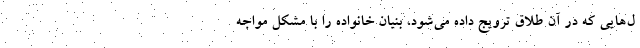
ل‌هایی که در آن طلاق ترویج داده می‌شود، بنیان خانواده را با مشکل مواجه